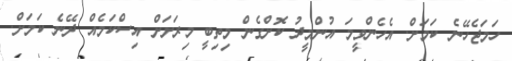
ހަމަޖެހޭނެ ކަމަށް. އެހެންވީމަ އުންމީދު ކޮށްގެން މިތިބީ މިރަށަށް އިސްކަމެއް ދޭނެ ކަމަށް.